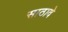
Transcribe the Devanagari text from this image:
साठावे